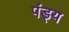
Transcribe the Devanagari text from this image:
पंड्य